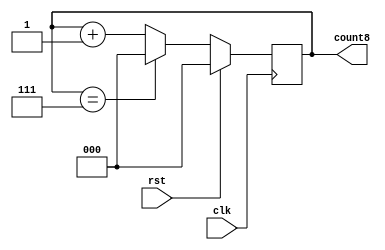
/* mod8c.v
 * A counter that counts (mod 8).  It counts from 0 to 7, then resets back to 0 again.
 * 
 * In behavioral verilog.
 * 
 * @author: Yinwei Zhang
 * @for: TAMU ECEN 449 Spring 2015, Dr. Sunil P Khatri
 * @date: 18.02.2015
 */

module mod8c(count8, clk, rst);
   input clk;
   input rst;
   output reg [2:0] count8; //counting from 0..7 needs 3 bits, 2^3 = 8

   //counter input behavior, it counts upwards
   always@ (posedge clk) begin
      //check rst to see if we should set to 0
      if (rst == 1)
	count8 <= 3'b000;
      else if (rst == 0) begin
	 count8 <= count8 + 1; //we can use nonblocking here, since we only increment once

	 if (count8 == 3'b111) begin //count8 == 7, let's reset
	    count8 <= 3'b000; //this nonblocking assignment overrides the previous behavior
	 end
      end
   end
   
endmodule